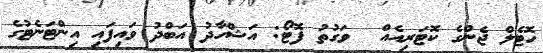
ހޮޓެލް ޖެންގެ ކޮޓަރިއެއް  ވަގުތު ފޮޓޯ: އަޝްހާދު އަބްދު ވައިފައި އިންޓަނެޓުގެ